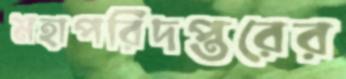
মহাপরিদপ্তরের